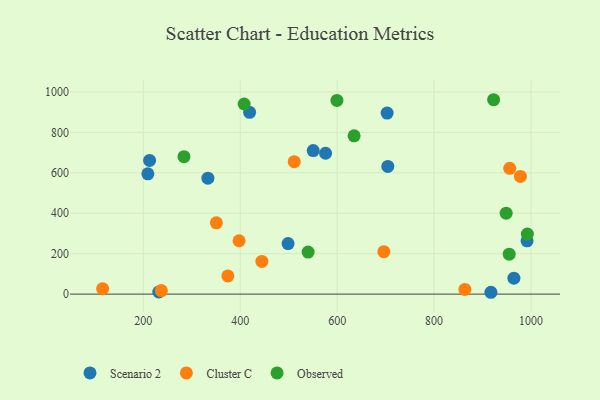
{"axis": {"x": "Speed", "y": "Rating"}, "legend": ["Cluster C", "Observed", "Scenario 2"], "data": [{"x": "917.4", "y": 9.1, "type": "Scenario 2"}, {"x": "704.6", "y": 631.7, "type": "Scenario 2"}, {"x": "964.9", "y": 78.7, "type": "Scenario 2"}, {"x": "231.8", "y": 10.5, "type": "Scenario 2"}, {"x": "212.8", "y": 661.3, "type": "Scenario 2"}, {"x": "209.3", "y": 594.7, "type": "Scenario 2"}, {"x": "419.3", "y": 899.1, "type": "Scenario 2"}, {"x": "333.2", "y": 573.5, "type": "Scenario 2"}, {"x": "550.6", "y": 709.9, "type": "Scenario 2"}, {"x": "498.7", "y": 249.9, "type": "Scenario 2"}, {"x": "992.0", "y": 263.4, "type": "Scenario 2"}, {"x": "703.2", "y": 895.5, "type": "Scenario 2"}, {"x": "576.1", "y": 696.6, "type": "Scenario 2"}, {"x": "374.4", "y": 90.1, "type": "Cluster C"}, {"x": "350.7", "y": 352.4, "type": "Cluster C"}, {"x": "237.1", "y": 17.5, "type": "Cluster C"}, {"x": "863.7", "y": 23.0, "type": "Cluster C"}, {"x": "696.4", "y": 209.7, "type": "Cluster C"}, {"x": "397.6", "y": 264.0, "type": "Cluster C"}, {"x": "956.3", "y": 622.3, "type": "Cluster C"}, {"x": "115.9", "y": 27.0, "type": "Cluster C"}, {"x": "511.4", "y": 654.7, "type": "Cluster C"}, {"x": "444.6", "y": 161.8, "type": "Cluster C"}, {"x": "978.3", "y": 582.2, "type": "Cluster C"}, {"x": "283.8", "y": 679.8, "type": "Observed"}, {"x": "955.2", "y": 197.5, "type": "Observed"}, {"x": "540.1", "y": 207.8, "type": "Observed"}, {"x": "992.7", "y": 297.3, "type": "Observed"}, {"x": "599.6", "y": 957.9, "type": "Observed"}, {"x": "948.9", "y": 400.1, "type": "Observed"}, {"x": "635.0", "y": 782.8, "type": "Observed"}, {"x": "923.0", "y": 961.3, "type": "Observed"}, {"x": "408.0", "y": 940.2, "type": "Observed"}]}